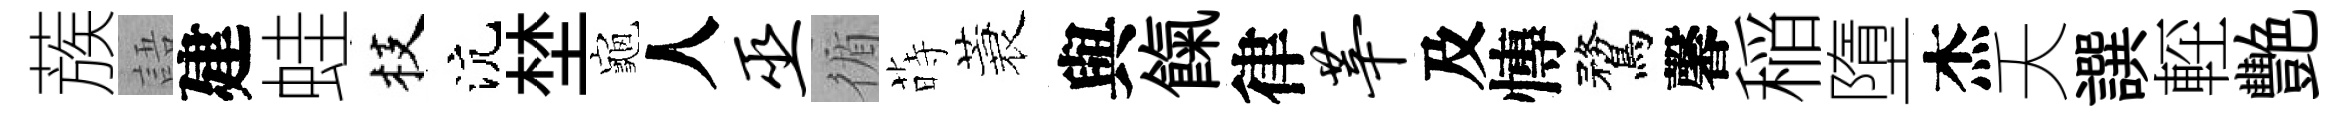
蔟語建蛙枝沆埜龜人巫循蒔蓑與餼律莘及慱鶩馨稲墮杰夭譔䡖艷